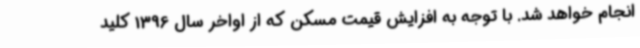
انجام خواهد شد. با توجه به افزایش قیمت مسکن که از اواخر سال 1396 کلید